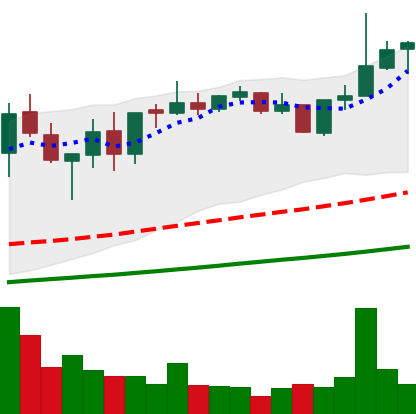
Ticker: XMR-USD
Chart end date: 2021-05-09
Forward return: -14.691%
Label: down_7plus